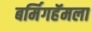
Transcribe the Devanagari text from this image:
बर्मिगहॅमला